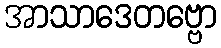
အာသာဒေတဗ္ဗော